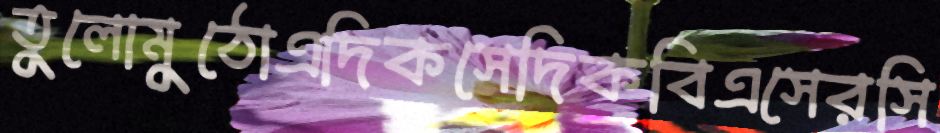
তুলোমুঠোএদিকসেদিকবিএসেরসি